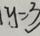
y = 3